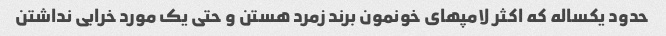
حدود یکساله که اکثر لامپهای خونمون برند زمرد هستن و حتی یک مورد خرابی نداشتن